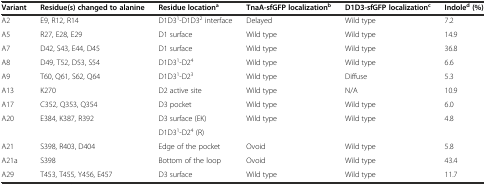
| Variant | Residue(s) changed to alanine | Residue locationa | TnaA-sfGFP localizationb | D1D3-sfGFP localizationc | Indoled(%) |
 | --- | --- | --- | --- | --- | --- |
 | A2 | E9, R12, R14 | D1D31-D1D32 interface | Delayed | Wild type | 7.2 |
 | A5 | R27, E28, E29 | D1 surface | Wild type | Wild type | 14.9 |
 | A7 | D42, S43, E44, D45 | D1 surface | Wild type | Wild type | 36.8 |
 | A8 | D49, T52, D53, S54 | D1D31-D24 | Wild type | Wild type | 6.6 |
 | A9 | T60, Q61, S62, Q64 | D1D31-D23 | Wild type | Diffuse | 5.3 |
 | A13 | K270 | D2 active site | Wild type | N/A | 10.9 |
 | A17 | C352, Q353, Q354 | D3 pocket | Wild type | Wild type | 6.0 |
 | A20 | E384, K387, R392 | D3 surface (EK) | Wild type | Wild type | 4.8 |
 |  |  | D1D31-D24 (R) |  |  |  |
 | A21 | S398, R403, D404 | Edge of the pocket | Ovoid | Wild type | 5.8 |
 | A21a | S398 | Bottom of the loop | Ovoid | Wild type | 43.4 |
 | A29 | T453, T455, Y456, E457 | D3 surface | Wild type | Wild type | 11.7 |